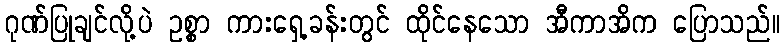
ဂုဏ်ပြုချင်လို့ပဲ ဥစ္စာ ကားရှေ့ခန်းတွင် ထိုင်နေသော အီကာအိက ပြောသည်။